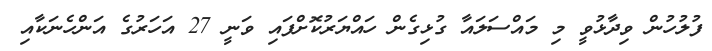
ފުލުހުން ވިދާޅުވީ މި މައްސަލައާ ގުޅިގެން ހައްޔަރުކޮށްފައި ވަނީ 27 އަހަރުގެ އަންހެނަކާއި